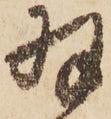
羽